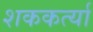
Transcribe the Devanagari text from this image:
शककर्त्या